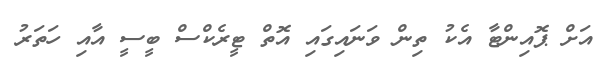
އަށް ޕޮއިންޓާ އެކު ތިން ވަނައިގައި އޮތް ޓީރެކްސް ބީސީ އާއި ހަތަރު